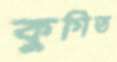
কুগিত